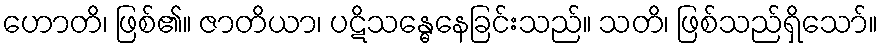
ဟောတိ၊ ဖြစ်၏။ ဇာတိယာ၊ ပဋိသန္ဓေနေခြင်းသည်။ သတိ၊ ဖြစ်သည်ရှိသော်။